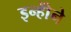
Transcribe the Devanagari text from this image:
इन्होेंने